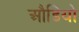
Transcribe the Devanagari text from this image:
औडियो